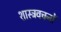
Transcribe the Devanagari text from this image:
शास्त्रवचनों